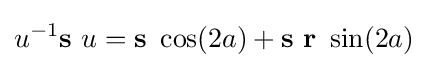
u^{-1}\mathbf {s} \ u=\mathbf {s} \ \cos(2a)+\mathbf {s} \ \mathbf {r} \ \sin(2a)\